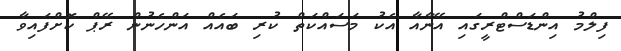
ފިލްމު އިންޑަސްޓްރީގައި އޭނާއާ އެކު މަސައްކަތް ކުރި ބައެއް އަންހެނުން ރޭޕް ކޮށްފައިވާ